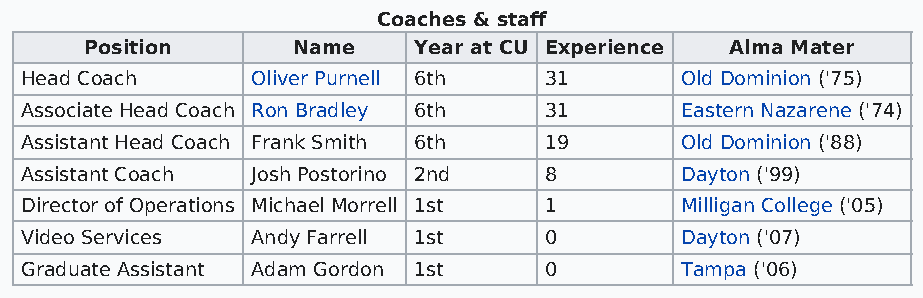
Coaches & staff
 Position     Name    Year at CU Experience Alma Mater
 Head Coach      Oliver Purnell 6th 31       Old Dominion ('75)
 Associate Head Coach Ron Bradley 6th 31     Eastern Nazarene ('74)
 Assistant Head Coach Frank Smith 6th 19     Old Dominion ('88)
 Assistant Coach Josh Postorino 2nd 8        Dayton ('99)
 Director of Operations Michael Morrell 1st 1 Milligan College ('05)
 Video Services  Andy Farrell 1st   0        Dayton ('07)
 Graduate Assistant Adam Gordon 1st 0        Tampa ('06)